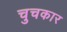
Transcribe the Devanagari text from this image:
चुचकार